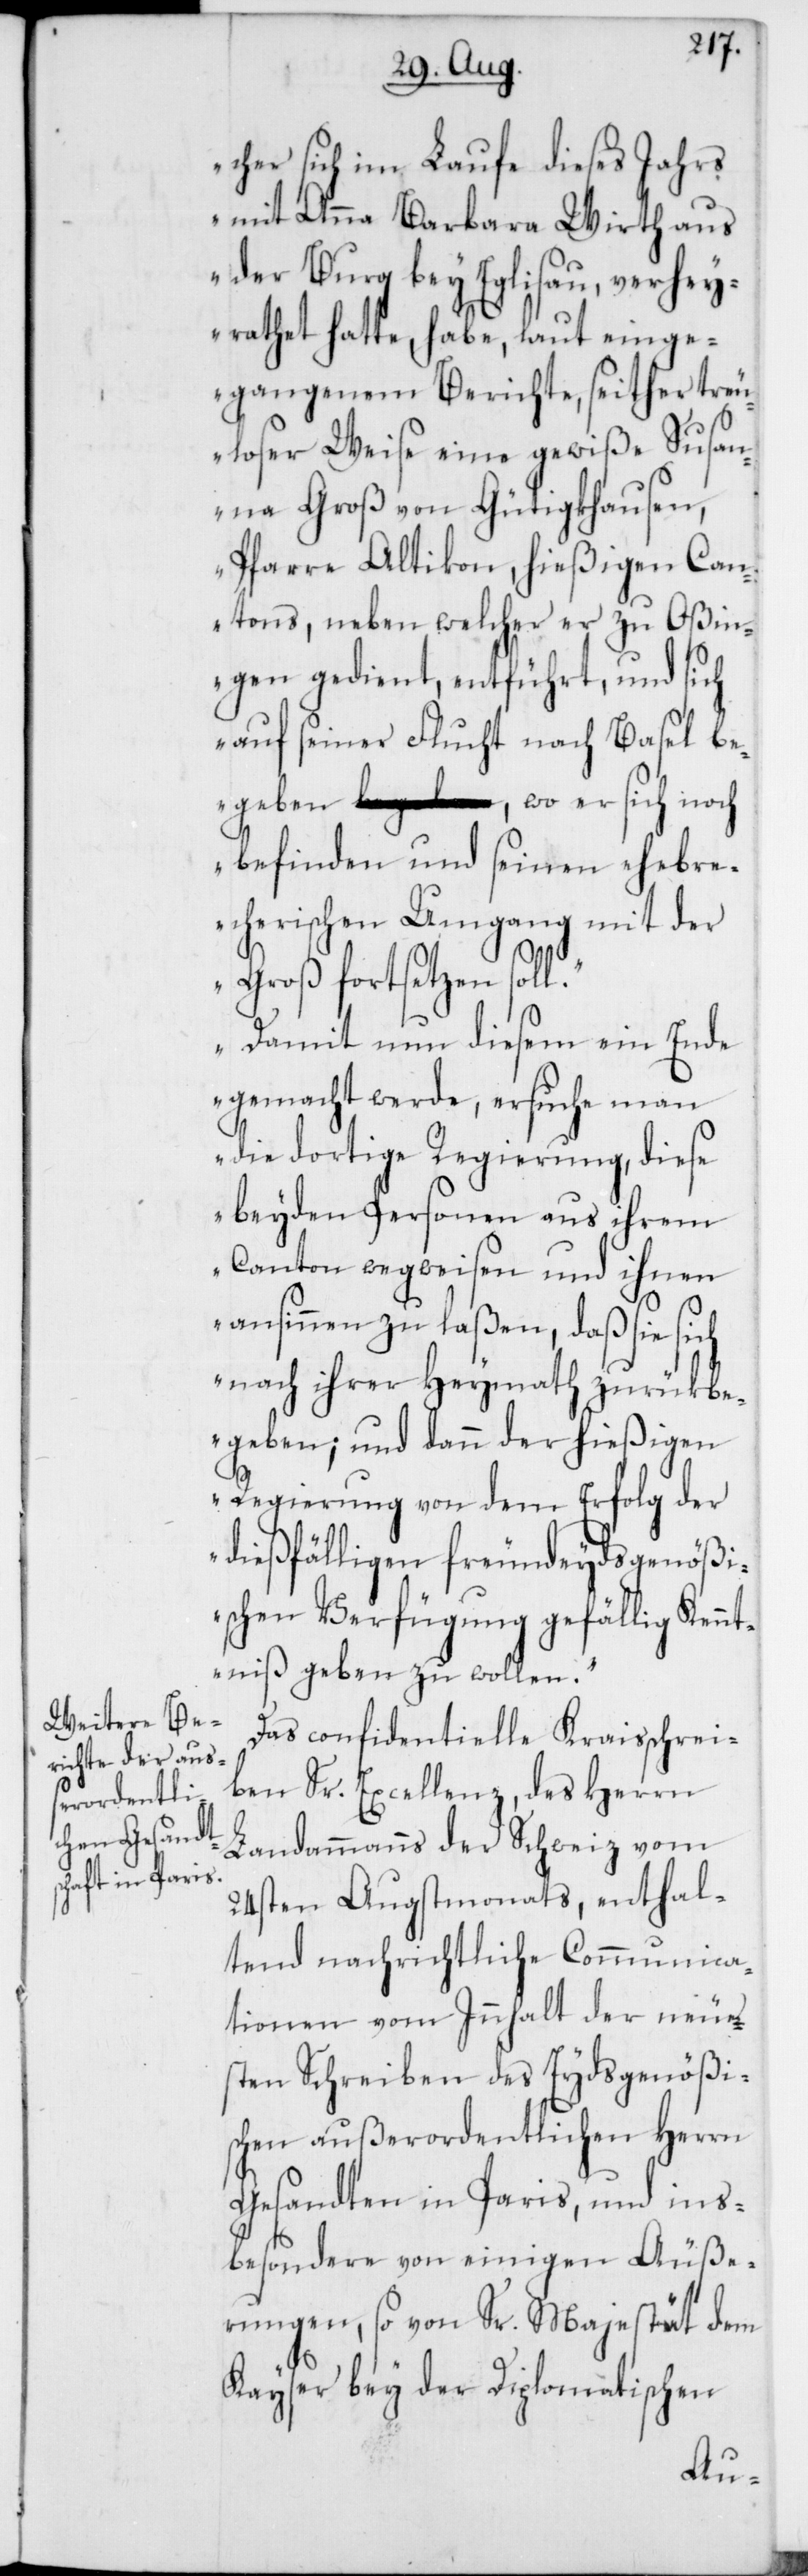
cher sich im Lauf dieses Jahrs
mit Anna Barbara Wirth aus
der Burg bey Eglisau, verhey¬
rathet hatte, habe, laut einge¬
gangenem Berichte, seither treu¬
loser Weise eine gewiße Susan¬
na Groß von Gütigkhausen,
Pfarre Altikon, hießigen Can¬
tons, neben welcher er zu Oßin¬
gen gedient, entführt, und sich
auf seiner Flucht nach Basel be¬
geben, wo er sich noch
befinden und seinen ehebere¬
cherischen Umgang mit der
Groß fortsetzen soll.
Damit nun diesem ein Ende
gemacht werde, ersuche man
die dortige Regierung, diese
beyden Personen aus ihrem
Canton wegweisen und ihnen
ansinnen zu laßen, daß sie sich
nach ihrer Heymath zurükbe¬
geben; und dann der hießigen
Regierung von dem Erfolg der
dießfälligen freundeydsgenößi¬
schen Verfügung gefällig Kennt¬
niß geben zu wollen.“
Das confidentielle Kreisschrei¬
ben Sr. Excellenz, des Herrn
Landammanns der Schweiz vom
24sten Augstmonats, enthal¬
tend nachrichtliche Communica¬
tionen vom Inhalt der neue¬
sten Schreiben des Eydsgenößi¬
schen außerordentlichen Herrn
Gesandten in Paris, und ins¬
besondere von einigen Äuße¬
rungen, so von Sr. Majestät dem
Kayser bey der Diplomatischen